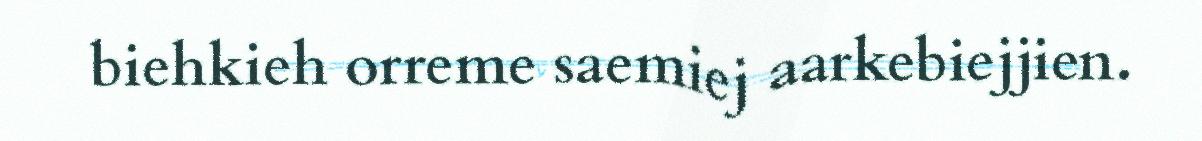
biehkieh orreme saemiej aarkebiejjien.